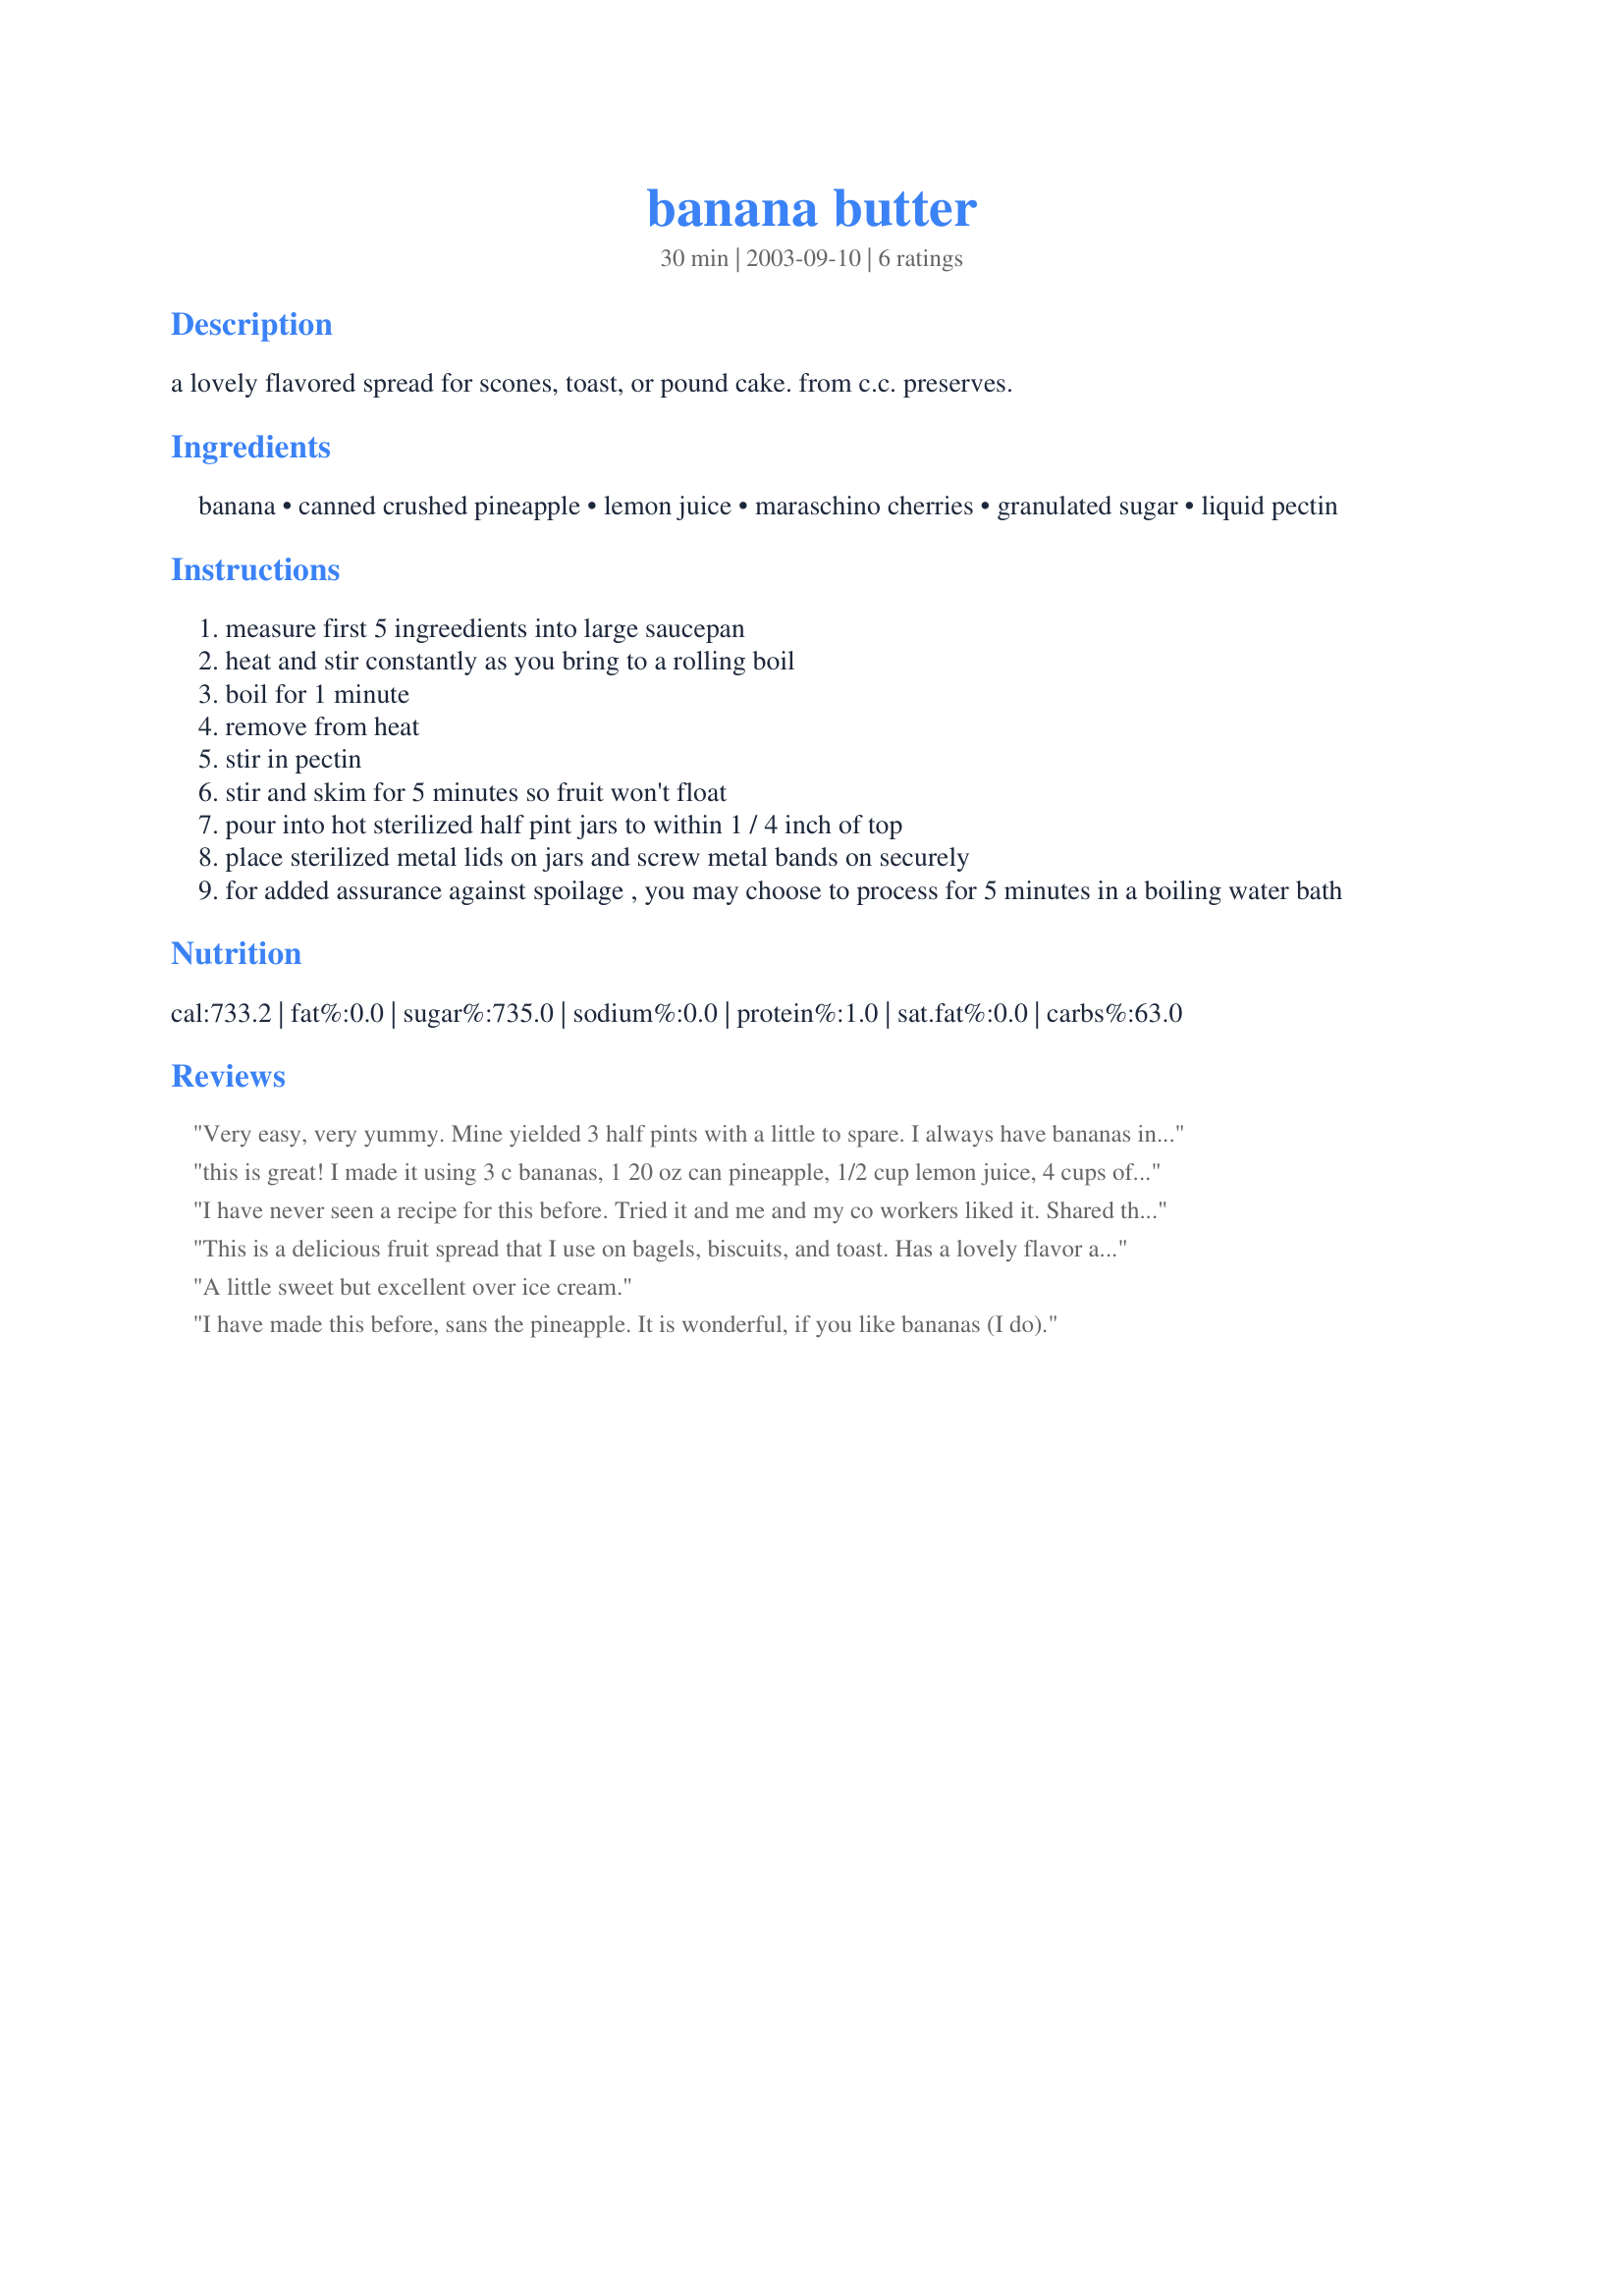
banana butter
Preparation time: 30 minutes

a lovely flavored spread for scones, toast, or pound cake. from c.c. preserves.

Ingredients:
banana, canned crushed pineapple, lemon juice, maraschino cherries, granulated sugar, liquid pectin

Steps:
measure first 5 ingreedients into large saucepan
heat and stir constantly as you bring to a rolling boil
boil for 1 minute
remove from heat
stir in pectin
stir and skim for 5 minutes so fruit won't float
pour into hot sterilized half pint jars to within 1 / 4 inch of top
place sterilized metal lids on jars and screw metal bands on securely
for added assurance against spoilage , you may choose to process for 5 minutes in a boiling water bath

Reviews:
Very easy, very yummy. Mine yielded 3 half pints with a little to spare. I always have bananas in the freezer and will be able to whip this up any time I want! Thanks for posting!
Update: I ended up making more of this recipe, but only used 2 cups of sugar. I found that with the first batch, I could only enjoy very small doses due to the over-the-top sweetness. It is now perfect for my tastes and I will be making this again and again!
this is great! I made it using 3 c bananas, 1 20 oz can pineapple, 1/2 cup lemon juice, 4 cups of sugar and a box of sure-jell low sugar, following these directions. Then I water-bathed it for about 8 minutes (12 oz jelly jars). Oh yeah, I added a pinch of cinnamon. Heavnly, I can't wait to have waffles so we can use some. Thank you for this idea, I never, ever would have thought to use pineapple otherwise.
I have never seen a recipe for this before. Tried it and me and my co workers liked it. Shared the recipe with them. I do have a question though. Is it better to use bananas as most people eat them, meaning a nice bright yellow with no spots, or do you use overripe ones? I used overripe from my freezer that I was saving for banana bread. My butter did not have the nice yellow color as in the picture,so was just wondering the best way to do this. I used the recipe variation from reviewer"Wildheart" .
This is a delicious fruit spread that I use on bagels, biscuits, and toast. Has a lovely flavor and makes a good gift as well.
A little sweet but excellent over ice cream.
I have made this before, sans the pineapple. It is wonderful, if you like bananas (I do).
